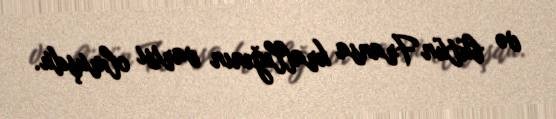
və bütün Fransa krallığının varisi olmuşdu.